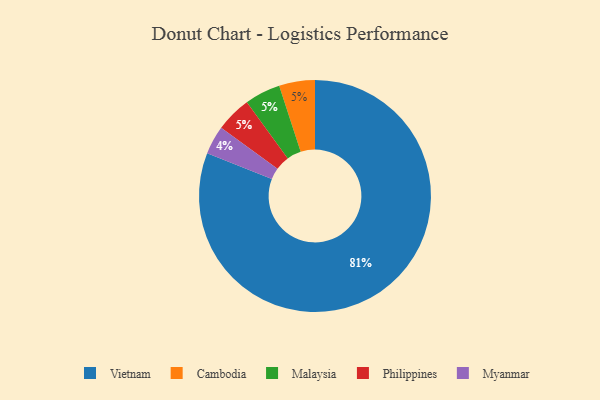
{"axis": {"x": "Category", "y": "Percentage"}, "legend": ["Cambodia", "Malaysia", "Myanmar", "Philippines", "Vietnam"], "data": [{"x": "Myanmar", "y": 4, "type": "Myanmar"}, {"x": "Cambodia", "y": 5, "type": "Cambodia"}, {"x": "Malaysia", "y": 5, "type": "Malaysia"}, {"x": "Vietnam", "y": 81, "type": "Vietnam"}, {"x": "Philippines", "y": 5, "type": "Philippines"}]}